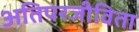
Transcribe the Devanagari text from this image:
अतिपरजीविता